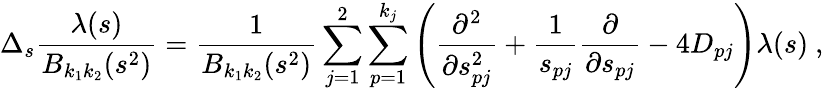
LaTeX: \Delta_{s}\frac{\lambda(s)}{B_{k_{1}k_{2}}(s^{2})}=\frac{1}{B_{k_{1}k_{2}}(s^{2})}\sum_{j=1}^{2}\sum_{p=1}^{k_{j}}\left(\frac{\partial^{2}}{\partial s_{pj}^{2}}+\frac{1}{s_{pj}}\frac{\partial}{\partial s_{pj}}-4D_{pj}\right)\lambda(s)\ ,